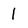
Character: 1